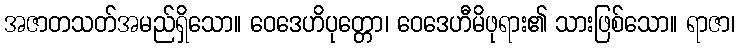
အဇာတသတ်အမည်ရှိသော။ ဝေဒေဟိပုတ္တော၊ ဝေဒေဟီမိဖုရား၏ သားဖြစ်သော။ ရာဇာ၊